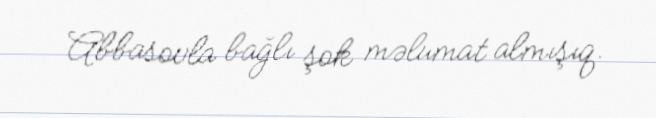
Abbasovla bağlı şok məlumat almışıq.